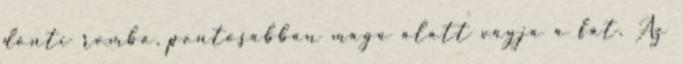
dönti romba, pontosabban maga alatt vágja a fát. Az